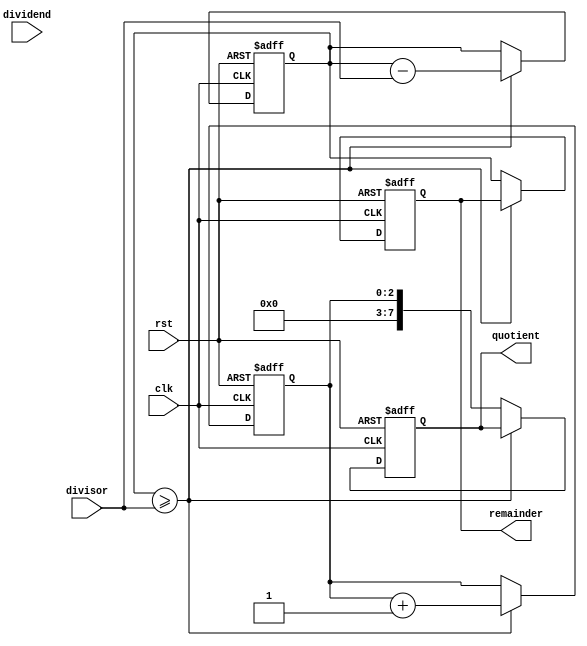
module CounterBasedDivider (
    input wire clk,
    input wire rst,
    input wire [7:0] dividend,
    input wire [7:0] divisor,
    output reg [7:0] quotient,
    output reg [7:0] remainder
);

reg [7:0] dividend_reg;
reg [7:0] subtractor;
reg [2:0] counter;

always @(posedge clk or posedge rst) begin
    if (rst) begin
        dividend_reg <= 8'h00;
        subtractor <= 8'h00;
        counter <= 3'b000;
        quotient <= 8'h00;
        remainder <= 8'h00;
    end else begin
        if (dividend_reg >= divisor) begin
            subtractor <= divisor + subtractor;
            dividend_reg <= dividend_reg - divisor;
            counter <= counter + 1;
        end else begin
            quotient <= counter;
            remainder <= dividend_reg;
        end
    end
end

endmodule